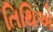
તિથિએ